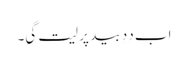
اَب دِدِ بید پر لیت گیِ۔